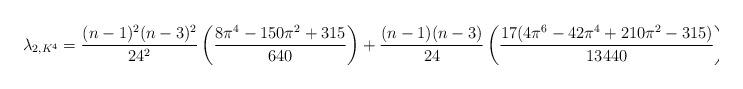
LaTeX: \begin{align*}\lambda_{2,K^4} = \frac{(n-1)^2(n-3)^2}{24^2}\left(\frac{8\pi^4-150\pi^2+315}{640}\right)+\frac{(n-1)(n-3)}{24}\left(\frac{17(4\pi^6-42\pi^4+210\pi^2-315)}{13440}\right).\end{align*}